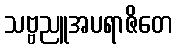
သဗ္ဗညူအပရာဇိတေ